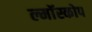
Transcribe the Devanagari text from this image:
ल्मॉस्कोप